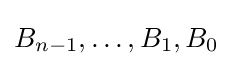
B_{n-1},\ldots ,B_{1},B_{0}